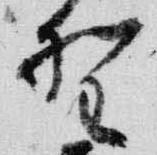
野